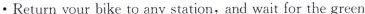
· Return your bike to any station, and wait for the green